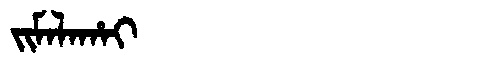
Manchu: ᠵᡳᠮᠠᠯᠠᡥᠠᡳ
Romanization: JIMALAHAI